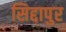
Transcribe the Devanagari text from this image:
सिद्दापुर